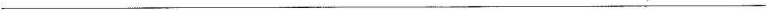
___